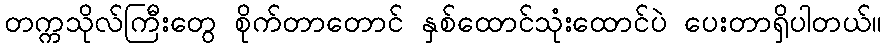
တက္ကသိုလ်ကြီးတွေ စိုက်တာတောင် နှစ်ထောင်သုံးထောင်ပဲ ပေးတာရှိပါတယ်။